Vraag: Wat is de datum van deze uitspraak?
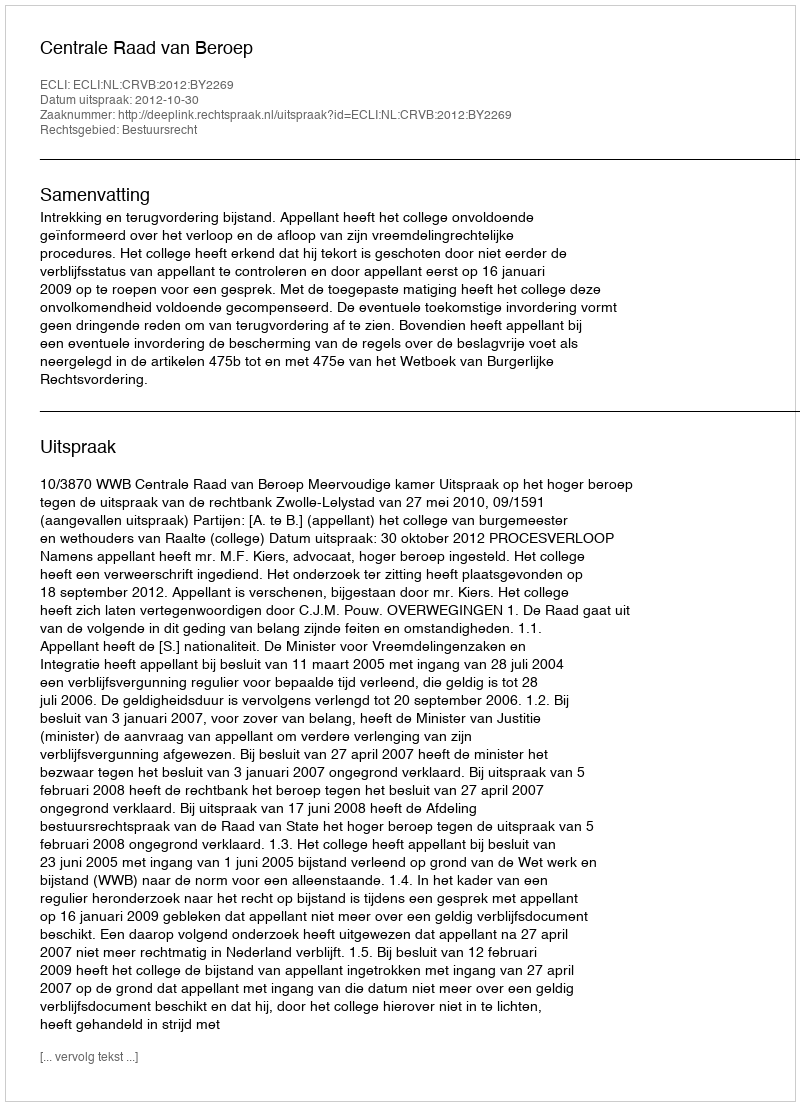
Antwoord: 2012-10-30